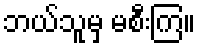
ဘယ်သူမှ မစီးကြ။